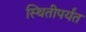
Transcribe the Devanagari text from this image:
स्थितीपर्यंत